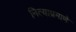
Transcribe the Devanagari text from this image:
नित्याप्रमाणे